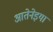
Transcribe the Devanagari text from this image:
आतेनेइया